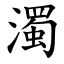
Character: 濁